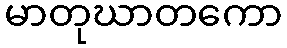
မာတုဃာတကော